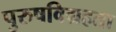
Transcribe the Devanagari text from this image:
पुरुषविग्रहता